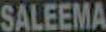
SALEEMA